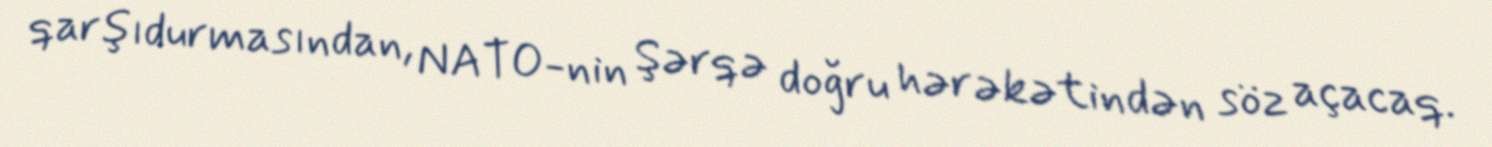
qarşıdurmasından, NATO-nin Şərqə doğru hərəkətindən söz açacaq.